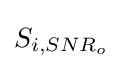
{\textstyle S_{i,SNR_{o}}}